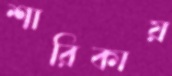
শারিকায়